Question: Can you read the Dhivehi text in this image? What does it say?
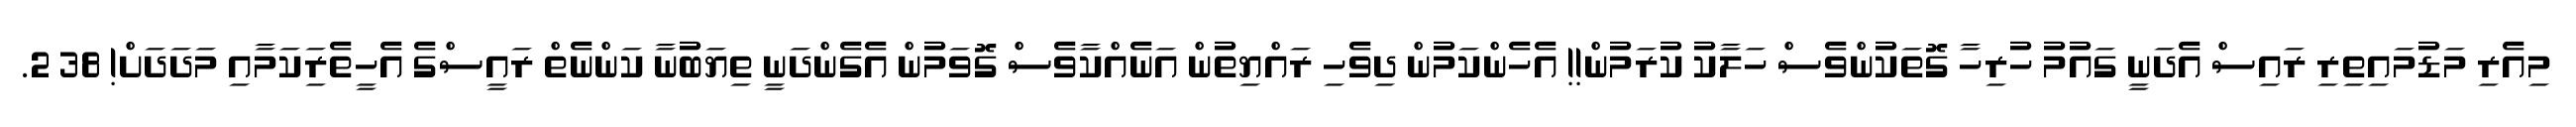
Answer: މިއެރި މަޑުމައިތިރި ރައިސް އެދަނީ ގައުމު ހުރިހާ ގޮތަކުންވެސް ހަލާކު ކުރަމުން!! އެހެންކަމުން ދިވެހި ރައްޔިތުން އަނެއްކާވެސް ގޮވަމުން އެގެންދަނީ ތިޔަބުނާ ކަންނެތް ރައީސްގެ އެހީތެރިަކަމާއި މަދަދަށް! 38 2.